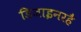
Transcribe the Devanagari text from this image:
डिजाइनरहै